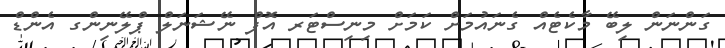
ގަންނަން ލިބޭ މާކެޓެއް ގެނައުމަށް ކަމަށް މިނިސްޓަރ އޮފް ނޭޝަނަލް ޕްލޭނިންގ އެންޑް